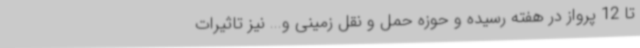
تا 12 پرواز در هفته رسیده و حوزه حمل و نقل زمینی و... نیز تاثیرات